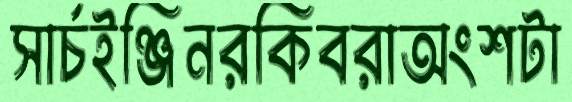
সার্চইঞ্জিনরকিবরাঅংশটা